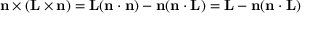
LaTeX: \mathbf { n } \times ( \mathbf { L } \times \mathbf { n } ) = \mathbf { L } ( \mathbf { n } \cdot \mathbf { n } ) - \mathbf { n } ( \mathbf { n } \cdot \mathbf { L } ) = \mathbf { L } - \mathbf { n } ( \mathbf { n } \cdot \mathbf { L } )